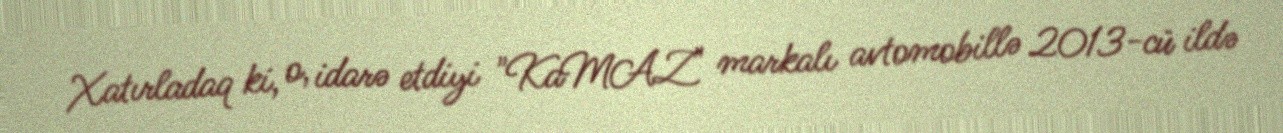
Xatırladaq ki, o, idarə etdiyi "KaMAZ" markalı avtomobillə 2013-cü ildə